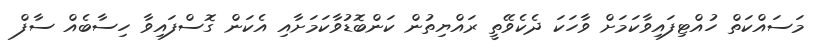
މަސައްކަތް ހުއްޓިފައިވާކަމަށް ވާހަކަ ދެކެވޭތީ ރައްޔިތުން ކަންބޮޑުވާކަމަށާއި އެކަން ގޮސްފައިވާ ހިސާބެއް ސާފް